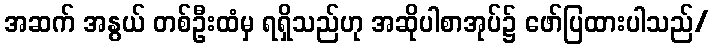
အဆက် အနွယ် တစ်ဦးထံမှ ရရှိသည်ဟု အဆိုပါစာအုပ်၌ ဖော်ပြထားပါသည်/